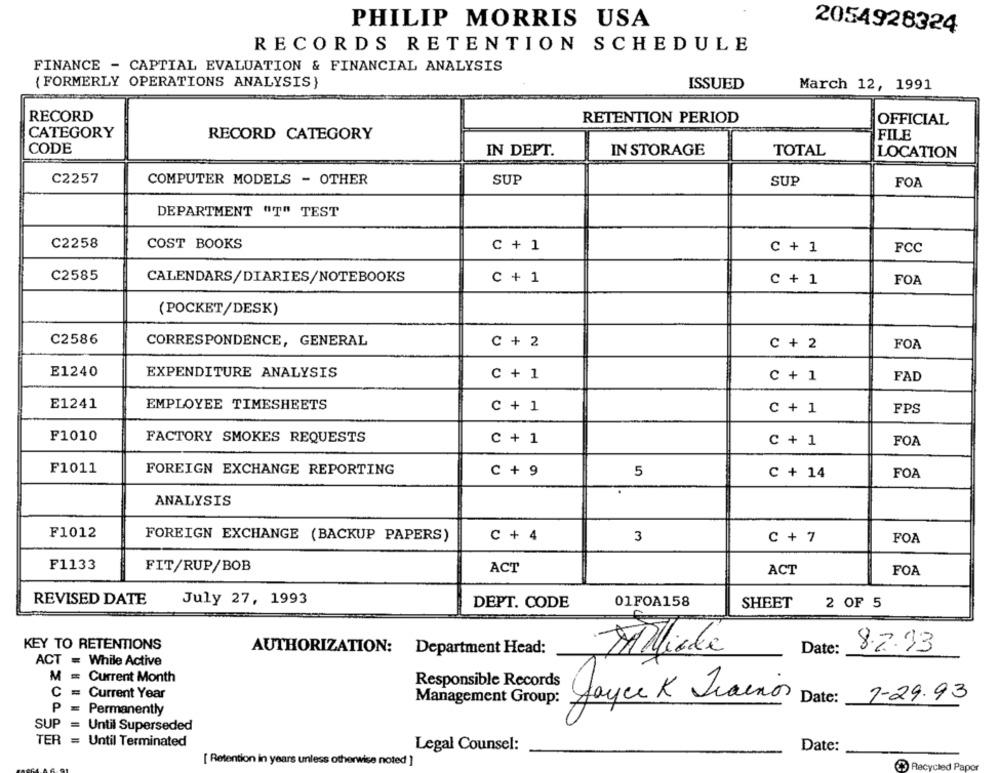
PHILIP MORRIS USA
2054928324
RECORDS RETENTION SCHEDULE
FINANCE - CAPTIAL EVALUATION & FINANCIAL ANALYSIS
{ FORMERLY OPERATIONS ANALYSIS}
ISSUED
March 12, 1991
RECORD
RETENTION PERIOD
OFFICIAL
CATEGORY
RECORD CATEGORY
FILE
CODE
IN DEPT.
IN STORAGE
TOTAL
LOCATION
C2257
COMPUTER MODELS - OTHER
SUP
SUP
FOA
DEPARTMENT "T" TEST
C2258
COST BOOKS
C + 1
C + 1
FCC
C2585
CALENDARS/DIARIES/NOTEBOOKS
C + 1
C + 1
FOA
(POCKET/DESK)
C2586
CORRESPONDENCE, GENERAL
C + 2
C + 2
FOA
E1240
EXPENDITURE ANALYSIS
C + 1
C + 1
FAD
E1241
EMPLOYEE TIMESHEETS
C + 1
C + 1
FPS
F1010
FACTORY SMOKES REQUESTS
C + 1
C + 1
FOA
F1011
FOREIGN EXCHANGE REPORTING
5
C + 9
C + 14
FOA
ANALYSIS
F1012
FOREIGN EXCHANGE (BACKUP PAPERS)
C + 4
3
C + 7
FOA
F1133
FIT/RUP/BOB
ACT
ACT
FOA
REVISED DATE
July 27, 1993
01FOA158
SHEET
DEPT. CODE
2 OF 5
KEY TO RETENTIONS
AUTHORIZATION: Department Head:
Milliale
Date:
8.2.33
ACT = While Active
M
= Current Month
Responsible Records
C
=
Current Year
7-29.93
Management Group:
Joyce K Tainos
Date :
P
= Permanently
SUP
Until Superseded
TER
= Until Terminated
Legal Counsel:
Date:
[ Retention in years unless otherwise noted ]
Recycled Paper